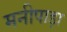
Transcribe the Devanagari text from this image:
मनीपाड़ा